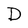
Character: D